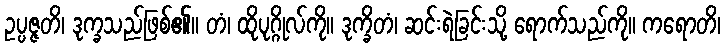
ဥပ္ပဇ္ဇတိ၊ ဒုက္ခသည်ဖြစ်၏။ တံ၊ ထိုပုဂ္ဂိုလ်ကို။ ဒုက္ခိတံ၊ ဆင်းရဲခြင်းသို့ ရောက်သည်ကို။ ကရောတိ၊